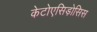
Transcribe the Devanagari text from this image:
केटोएसिड़ोसिस